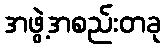
အဖွဲ့အစည်းတခု